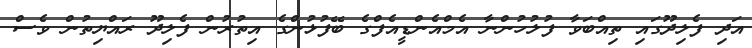
އަދި ފެލިދޫގައި ތިއްބަވާ ފުލުހުންނާ އެމްއެންޑީއެފްގެ ބޭފުޅުންގެ އިތުރުން ފެލިދޫ ރައްޔިތުން ވެސް